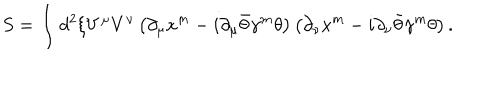
LaTeX: S = \int d ^ { 2 } \xi V ^ { \mu } V ^ { \nu } \left( \partial _ { \mu } x ^ { m } - i \partial _ { \mu } \bar { \theta } \gamma ^ { m } \theta \right) \left( \partial _ { \nu } x ^ { m } - i \partial _ { \nu } \bar { \theta } \gamma ^ { m } \theta \right) .